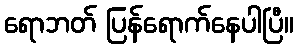
ရောဘတ် ပြန်ရောက်နေပါပြီ။